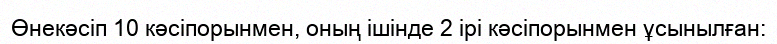
Өнекәсіп 10 кәсіпорынмен, оның ішінде 2 ірі кәсіпорынмен ұсынылған: